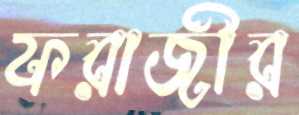
ফরাজীর